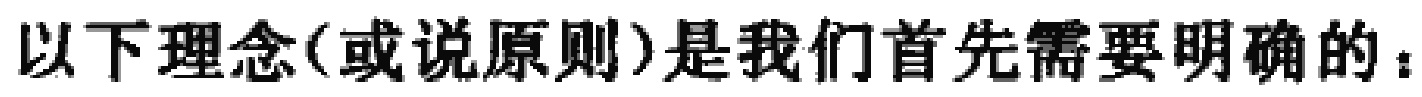
以下理念(或说原则)是我们首先需要明确的：